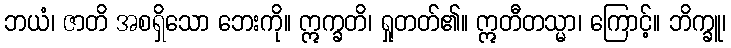
ဘယံ၊ ဇာတိ အစရှိသော ဘေးကို။ ဣက္ခတိ၊ ရှုတတ်၏။ ဣတီတသ္မာ၊ ကြောင့်။ ဘိက္ခူ၊